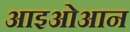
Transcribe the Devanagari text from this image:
आइओआन